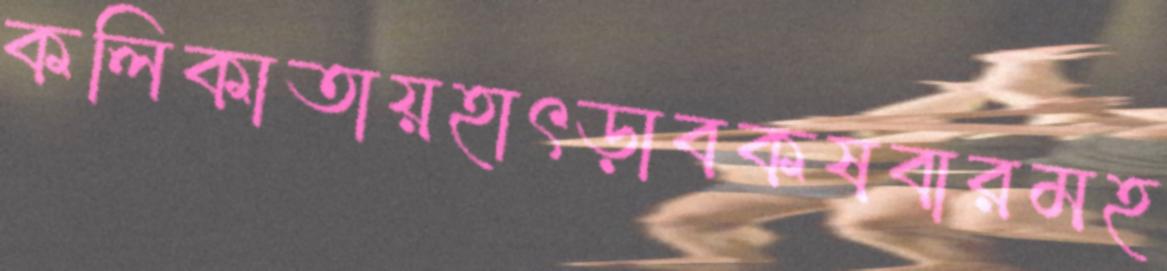
কলিকাতায়হাৎড়াবকষবারমহ